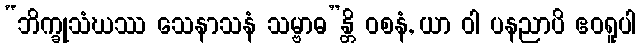
“ဘိက္ခုသံဃဿ သေနာသနံ သမ္ဗာဓ”န္တိ ဝစနံ, ယာ ဝါ ပနညာပိ ဧဝရူပါ